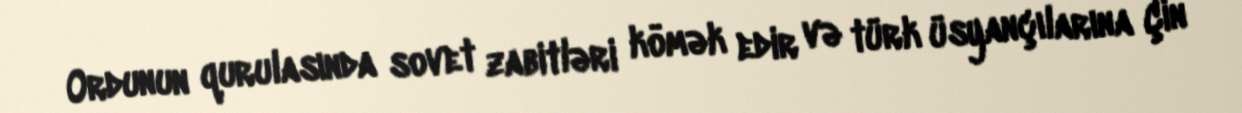
Ordunun qurulasında sovet zabitləri kömək edir və türk üsyançılarına Çin